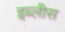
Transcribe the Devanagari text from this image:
इब्लीस